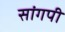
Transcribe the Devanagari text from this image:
सांगपी